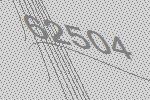
62504